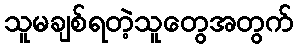
သူမချစ်ရတဲ့သူတွေအတွက်